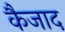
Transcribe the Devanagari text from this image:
कैजाद